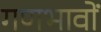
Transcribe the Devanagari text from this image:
गणभावों